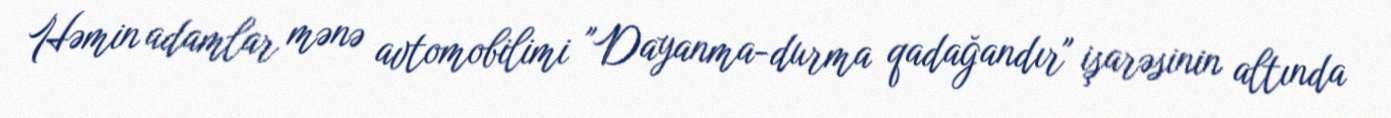
Həmin adamlar mənə avtomobilimi "Dayanma-durma qadağandır" işarəsinin altında